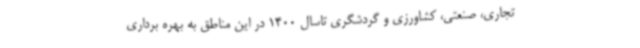
تجاری، صنعتی، کشاورزی و گردشگری تاسال 1400 در این مناطق به بهره برداری